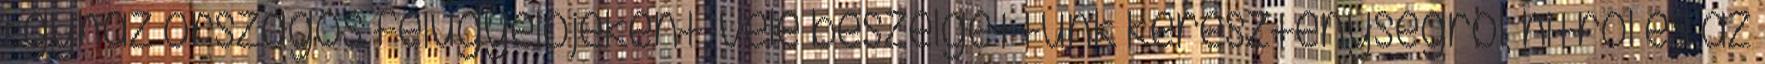
Egyház országos felügyelőjeként, vele beszélgettünk kereszténységről, hitről és az